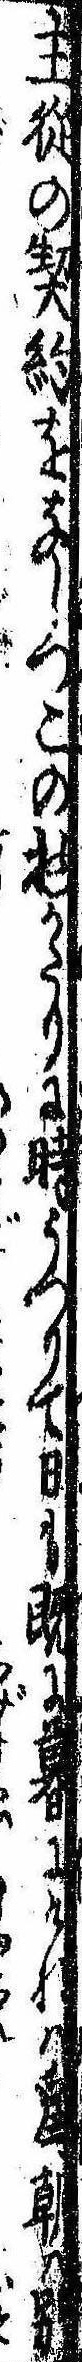
主従の契約をなしつこの物がたりに時うつりて日も既に暮にければ為朝は別